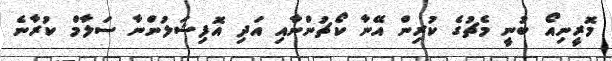
މޮރީނިއޯ ބުނީ މެޗުގެ ކުރިން އޭނާ ކޯޗުންނާއި އަދި އޮފިޝަލުންނާ ސަލާމް ކުރާނެ